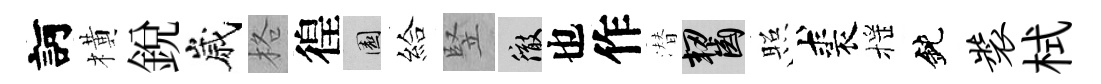
訶橫銳嵗格徨園給竪徹也作潜齧照裘摇鈍装栻